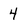
Character: 4